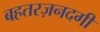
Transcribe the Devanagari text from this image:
बहतरज़नदगी